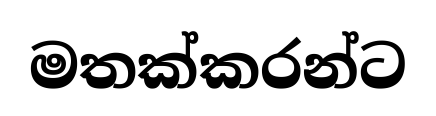
මතක්කරන්ට